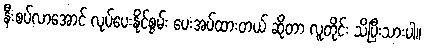
နီးစပ်လာအောင် လုပ်ပေးနိုင်စွမ်း ပေးအပ်ထားတယ် ဆိုတာ လူတိုင်း သိပြီးသားပါ။